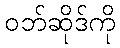
ဝဘ်ဆိုဒ်ကို